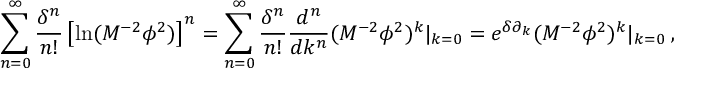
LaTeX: \sum _ { n = 0 } ^ { \infty } \frac { \delta ^ { n } } { n ! } \left[ \ln ( M ^ { - 2 } \phi ^ { 2 } ) \right] ^ { n } = \sum _ { n = 0 } ^ { \infty } \frac { \delta ^ { n } } { n ! } \frac { d ^ { n } } { d k ^ { n } } ( M ^ { - 2 } \phi ^ { 2 } ) ^ { k } | _ { k = 0 } = e ^ { \delta \partial _ { k } } ( M ^ { - 2 } \phi ^ { 2 } ) ^ { k } | _ { k = 0 } \: ,